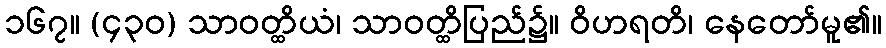
၁၆၇။ (၄၃၀) သာဝတ္ထိယံ၊ သာဝတ္ထိပြည်၌။ ဝိဟရတိ၊ နေတော်မူ၏။